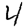
Digit: 4